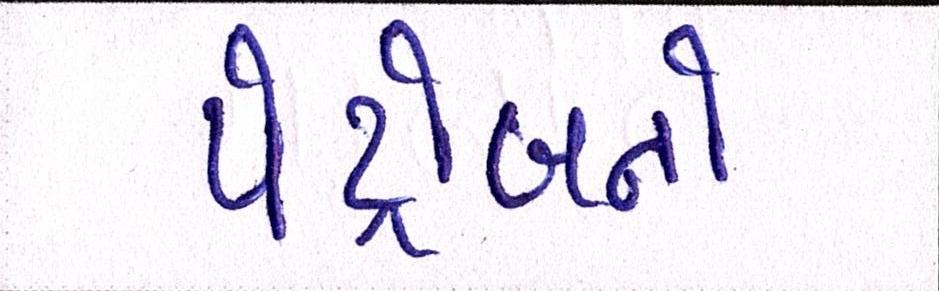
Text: પેટ્રોલનો